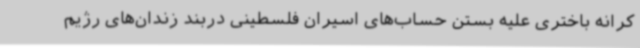
کرانه باختری علیه بستن حساب‌های اسیران فلسطینی دربند زندان‌های رژیم